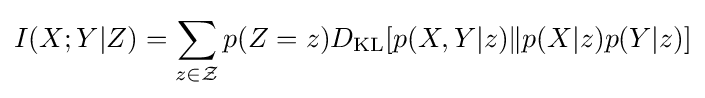
I(X;Y|Z)=\sum _{z\in {\mathcal {Z}}}p(Z=z)D_{\mathrm {KL} }[p(X,Y|z)\|p(X|z)p(Y|z)]